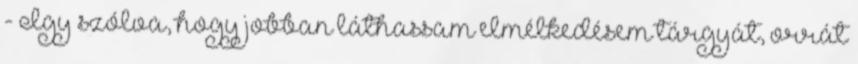
- Így szólva, hogy jobban láthassam elmélkedésem tárgyát, orrát